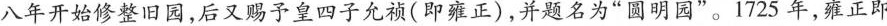
八年开始修整旧园，后又赐予皇四子允祯(即雍正)，并题名为”圆明园”。1725年，雍正即